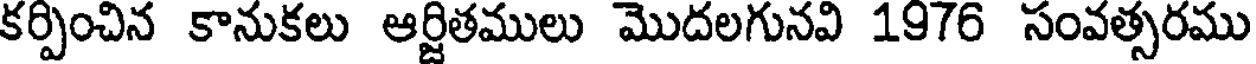
కర్పించిన కానుకలు ఆర్జితములు మొదలగునవి 1976 సంవత్సరము